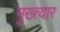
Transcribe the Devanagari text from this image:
मुख्त्यार